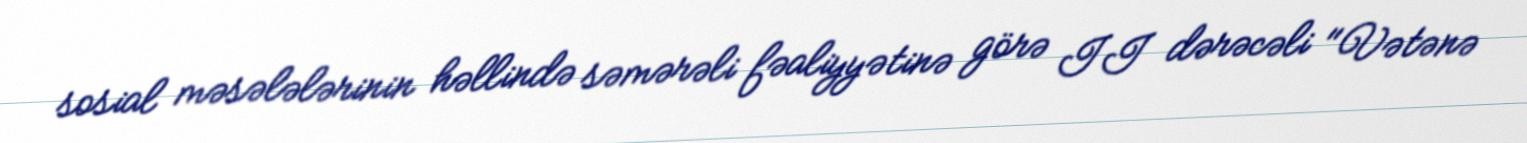
sosial məsələlərinin həllində səmərəli fəaliyyətinə görə II dərəcəli "Vətənə